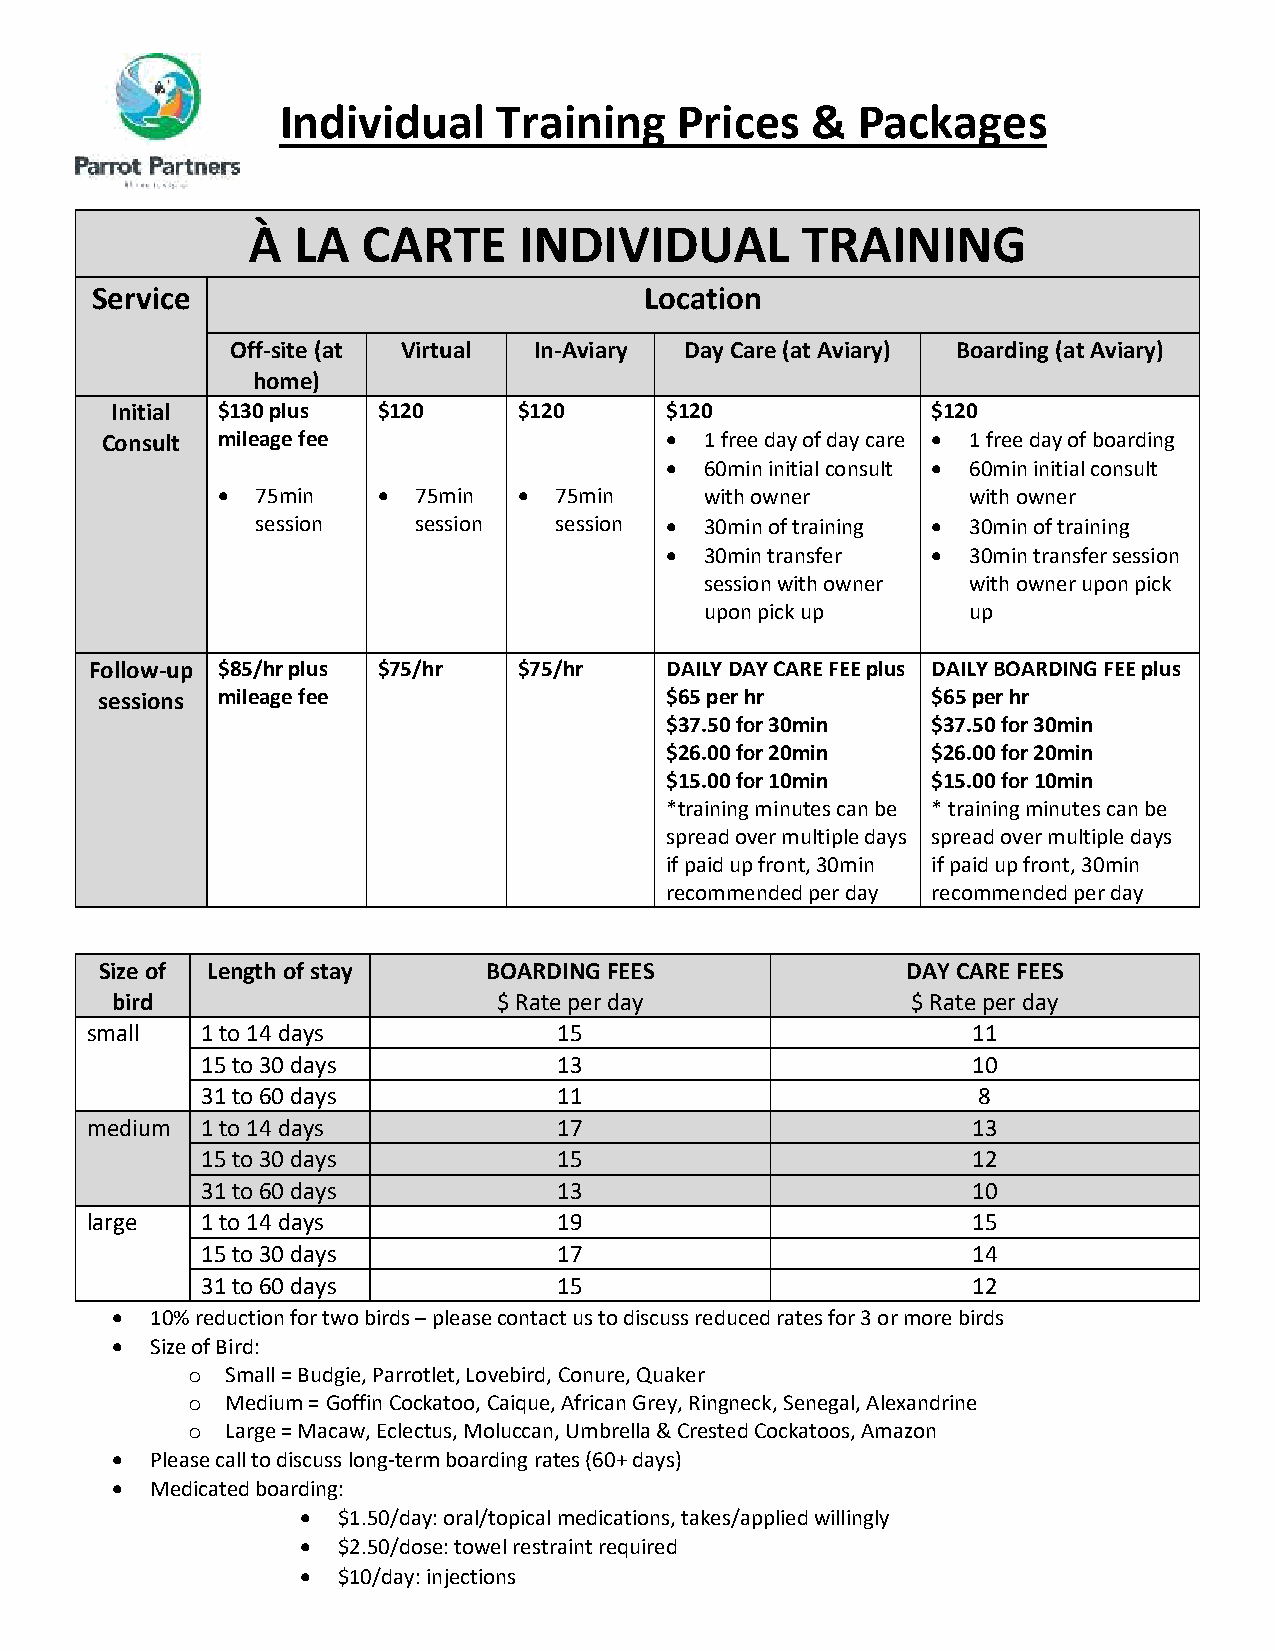
Individual    Training    Prices   &  Packages
 À  LA   CARTE     INDIVIDUAL         TRAINING
 Service                              Location
 Off-site (at Virtual In-Aviary Day Care (at Aviary) Boarding (at Aviary)
 home)
 Initial $130 plus $120     $120      $120              $120
 Consult mileage fee                    1 free day of day care  1 free day of boarding
   60min initial consult  60min initial consult
   75min    75min    75min     with owner       with owner
 session   session   session  30min of training  30min of training
   30min transfer  30min transfer session
 session with owner with owner upon pick
 upon pick up     up
 Follow-up $85/hr plus $75/hr $75/hr   DAILY DAY CARE FEE plus DAILY BOARDING FEE plus
 sessions mileage fee                 $65 per hr        $65 per hr
 $37.50 for 30min  $37.50 for 30min
 $26.00 for 20min  $26.00 for 20min
 $15.00 for 10min  $15.00 for 10min
 *training minutes can be * training minutes can be
 spread over multiple days spread over multiple days
 if paid up front, 30min if paid up front, 30min
 recommended per day recommended per day
 Size of Length of stay   BOARDING FEES               DAY CARE FEES
 bird                      $ Rate per day             $ Rate per day
 small  1 to 14 days            15                         11
 15 to 30 days           13                         10
 31 to 60 days           11                          8
 medium 1 to 14 days            17                         13
 15 to 30 days           15                         12
 31 to 60 days           13                         10
 large  1 to 14 days            19                         15
 15 to 30 days           17                         14
 31 to 60 days           15                         12
   10% reduction for two birds – please contact us to discuss reduced rates for 3 or more birds
   Size of Bird:
 o  Small = Budgie, Parrotlet, Lovebird, Conure, Quaker
 o  Medium = Goffin Cockatoo, Caique, African Grey, Ringneck, Senegal, Alexandrine
 o  Large = Macaw, Eclectus, Moluccan, Umbrella & Crested Cockatoos, Amazon
   Please call to discuss long-term boarding rates (60+ days)
   Medicated boarding:
  $1.50/day: oral/topical medications, takes/applied willingly
  $2.50/dose: towel restraint required
  $10/day: injections